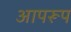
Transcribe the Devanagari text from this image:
आपरूप